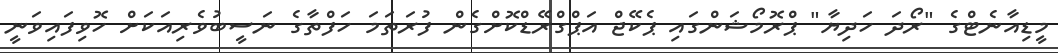
މީޑިއާނެޓްގެ "ރޯދަ ހަދިޔާ" ޕްރޮމޯޝަންގައި ޕެކޭޖް އަޕްގްރޭޑްކޮށްގެން ފުރަތަމަ ހަފްތާގެ ނަސީބުވެރިއަކަށް ހޮވިފައިވަނީ